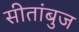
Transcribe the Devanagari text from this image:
सीतांबुज